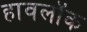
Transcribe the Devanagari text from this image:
हावलॉक